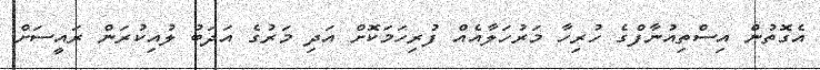
އެގޮތުން އިސްތިއުނާފްގެ ހުރިހާ މަރުހަލާއެއް ފުރިހަމަކޮށް އަދި މަރުގެ އަދަބު ލުއިކުރަން ރައީސަށް